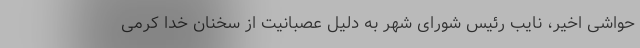
حواشی اخیر، نایب رئیس شورای شهر به دلیل عصبانیت از سخنان خدا کرمی